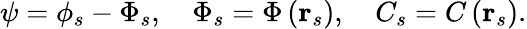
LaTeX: \psi=\phi_{s}-\Phi_{s},\quad\Phi_{s}=\Phi\left(\mathbf{r}_{s}\right),\quad C_{s}=C\left(\mathbf{r}_{s}\right).